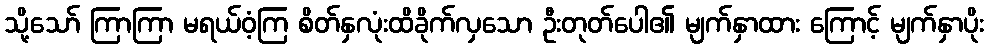
သို့သော် ကြာကြာ မရယ်ဝံ့ကြ စိတ်နှလုံးထိခိုက်လှသော ဦးတုတ်ပေါ၏ မျက်နှာထား ကြောင့် မျက်နှာပိုး